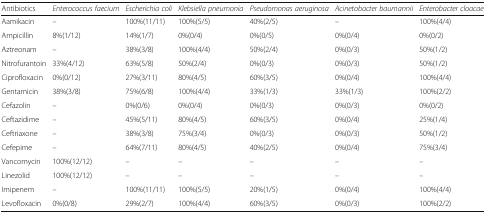
<table><thead><tr><td><b>Antibiotics</b></td><td><b><i>Enterococcus faecium</i></b></td><td><b><i>Escherichia coli</i></b></td><td><b><i>Klebsiella pneumonia</i></b></td><td><b><i>Pseudomonas aeruginosa</i></b></td><td><b><i>Acinetobacter baumannii</i></b></td><td><b><i>Enterobacter cloacae</i></b></td></tr></thead><tbody><tr><td>Aamikacin</td><td>–</td><td>100%(11/11)</td><td>100%(5/5)</td><td>40%(2/5)</td><td>–</td><td>100%(4/4)</td></tr><tr><td>Ampicillin</td><td>8%(1/12)</td><td>14%(1/7)</td><td>0%(0/4)</td><td>0%(0/5)</td><td>0%(0/4)</td><td>0%(0/2)</td></tr><tr><td>Aztreonam</td><td>–</td><td>38%(3/8)</td><td>100%(4/4)</td><td>50%(2/4)</td><td>0%(0/3)</td><td>50%(1/2)</td></tr><tr><td>Nitrofurantoin</td><td>33%(4/12)</td><td>63%(5/8)</td><td>50%(2/4)</td><td>0%(0/3)</td><td>0%(0/3)</td><td>50%(1/2)</td></tr><tr><td>Ciprofloxacin</td><td>0%(0/12)</td><td>27%(3/11)</td><td>80%(4/5)</td><td>60%(3/5)</td><td>0%(0/4)</td><td>100%(4/4)</td></tr><tr><td>Gentamicin</td><td>38%(3/8)</td><td>75%(6/8)</td><td>100%(4/4)</td><td>33%(1/3)</td><td>33%(1/3)</td><td>100%(2/2)</td></tr><tr><td>Cefazolin</td><td>–</td><td>0%(0/6)</td><td>0%(0/4)</td><td>0%(0/3)</td><td>0%(0/3)</td><td>0%(0/2)</td></tr><tr><td>Ceftazidime</td><td>–</td><td>45%(5/11)</td><td>80%(4/5)</td><td>60%(3/5)</td><td>0%(0/4)</td><td>25%(1/4)</td></tr><tr><td>Ceftriaxone</td><td>–</td><td>38%(3/8)</td><td>75%(3/4)</td><td>0%(0/3)</td><td>0%(0/3)</td><td>50%(1/2)</td></tr><tr><td>Cefepime</td><td>–</td><td>64%(7/11)</td><td>80%(4/5)</td><td>40%(2/5)</td><td>0%(0/4)</td><td>75%(3/4)</td></tr><tr><td>Vancomycin</td><td>100%(12/12)</td><td>–</td><td>–</td><td>–</td><td>–</td><td>–</td></tr><tr><td>Linezolid</td><td>100%(12/12)</td><td>–</td><td>–</td><td>–</td><td>–</td><td>–</td></tr><tr><td>Imipenem</td><td>–</td><td>100%(11/11)</td><td>100%(5/5)</td><td>20%(1/5)</td><td>0%(0/4)</td><td>100%(4/4)</td></tr><tr><td>Levofloxacin</td><td>0%(0/8)</td><td>29%(2/7)</td><td>100%(4/4)</td><td>60%(3/5)</td><td>0%(0/3)</td><td>100%(2/2)</td></tr></tbody></table>